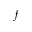
f